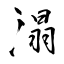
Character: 溻